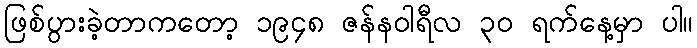
ဖြစ်ပွားခဲ့တာကတော့ ၁၉၄၈ ဇန်နဝါရီလ ၃၀ ရက်နေ့မှာ ပါ။